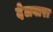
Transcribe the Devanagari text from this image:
देलवारा